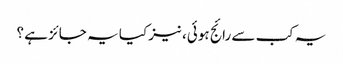
یہ کب سے رائج ہوئی، نیز کیا یہ جائز ہے ؟